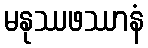
မနုဿဖဿာနံ